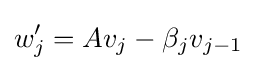
w_{j}'=Av_{j}-\beta _{j}v_{j-1}